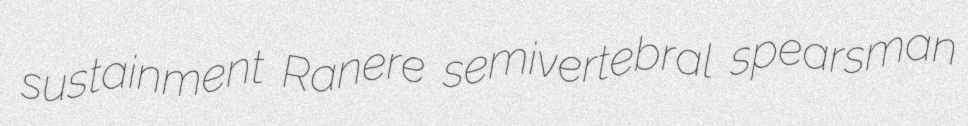
sustainment Ranere semivertebral spearsman